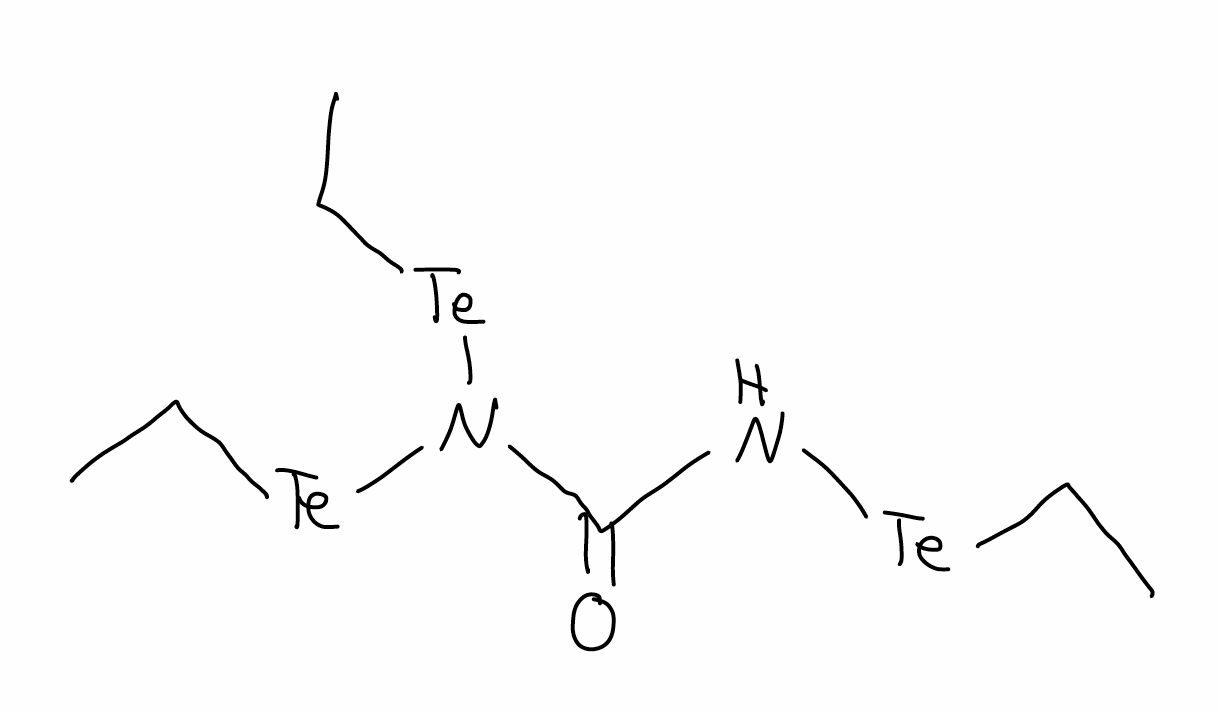
Simplified molecular-input line-entry system (SMILES) notation of the given molecule:
CC[Te]NC(=O)N([Te]CC)[Te]CC